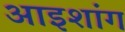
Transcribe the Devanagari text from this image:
आइशांग